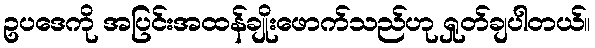
ဥပဒေကို အပြင်းအထန်ချိုးဖောက်သည်ဟု ရှုတ်ချပါတယ်။